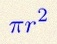
\pi r^2